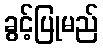
ခွင့်ပြုမည်